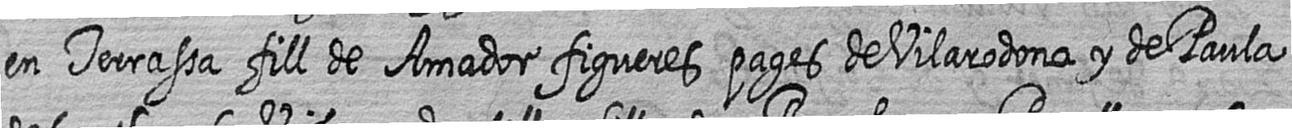
en Terrassa fill de Amador figueres pages de Vilarodona y de Paula